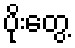
ပိုးတွေ့